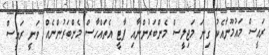
ރައީސް މައުމޫނާއެކު ގިނަ މަޖިލީސް މެންބަރުންނާއި ޕާޓީ އެތައްހާސް މެންބަރުންނެއް ވަނީ ރައީސް